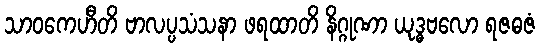
သာဝကေဟီတိ ဗာလပ္ပသံသနာ ဖရထာတိ နိဂ္ဂုဏာ ယုဒ္ဓဗလော ရဇဓဇံ